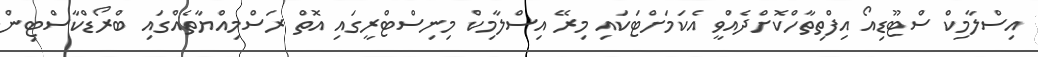
އިސްލާމިކް ސްޓޫޑިއޯ އިފްތިތާހްކޮށްދެއްވީ އެކަމަށްޓަކައި މިރޭ އިސްލާމިކް މިނިސްޓްރީގައި އޮތް ރަސްމިއްޔާތެއްގައި ބްރޯޑްކާސްޓިން